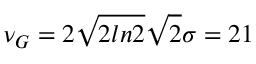
\nu _ { G } = 2 \sqrt { 2 l n 2 } \sqrt { 2 } \sigma = 2 1